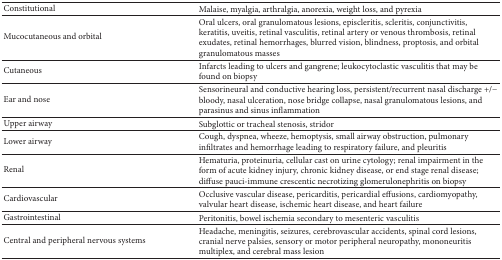
| Constitutional | Malaise, myalgia, arthralgia, anorexia, weight loss, and pyrexia |
 | --- | --- |
 | Mucocutaneous and orbital | Oral ulcers, oral granulomatous lesions, episcleritis, scleritis, conjunctivitis, keratitis, uveitis, retinal vasculitis, retinal artery or venous thrombosis, retinal exudates, retinal hemorrhages, blurred vision, blindness, proptosis, and orbital granulomatous masses |
 | Cutaneous | Infarcts leading to ulcers and gangrene; leukocytoclastic vasculitis that may be found on biopsy |
 | Ear and nose | Sensorineural and conductive hearing loss, persistent/recurrent nasal discharge +/− bloody, nasal ulceration, nose bridge collapse, nasal granulomatous lesions, and parasinus and sinus inflammation |
 | Upper airway | Subglottic or tracheal stenosis, stridor |
 | Lower airway | Cough, dyspnea, wheeze, hemoptysis, small airway obstruction, pulmonary infiltrates and hemorrhage leading to respiratory failure, and pleuritis |
 | Renal | Hematuria, proteinuria, cellular cast on urine cytology; renal impairment in the form of acute kidney injury, chronic kidney disease, or end stage renal disease; diffuse pauci-immune crescentic necrotizing glomerulonephritis on biopsy |
 | Cardiovascular | Occlusive vascular disease, pericarditis, pericardial effusions, cardiomyopathy, valvular heart disease, ischemic heart disease, and heart failure |
 | Gastrointestinal | Peritonitis, bowel ischemia secondary to mesenteric vasculitis |
 | Central and peripheral nervous systems | Headache, meningitis, seizures, cerebrovascular accidents, spinal cord lesions, cranial nerve palsies, sensory or motor peripheral neuropathy, mononeuritis multiplex, and cerebral mass lesion |